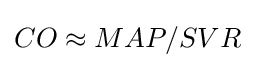
CO\approx MAP/SVR